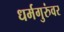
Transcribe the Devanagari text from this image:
धर्मगुरुंवर